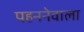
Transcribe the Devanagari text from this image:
पहननेवाला